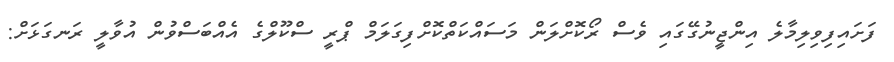
ފަށައިފިވިލިމާލެ އިންޖީނުގޭގައި ވެސް ރޯކޮށްލަން މަސައްކަތްކޮށްފިގަލަމް ޕްރީ ސްކޫލްގެ އެއްބަސްވުން އުވާލީ ރަނގަޅަށް: